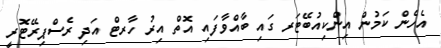
އެހެން ކަމުން އިންކިއުބޭޓަރ ގައި ބާއްވާާފައި އޮތް އިރު ހާރޓް އަދި ރެސްޕިރޭޓޮރީ